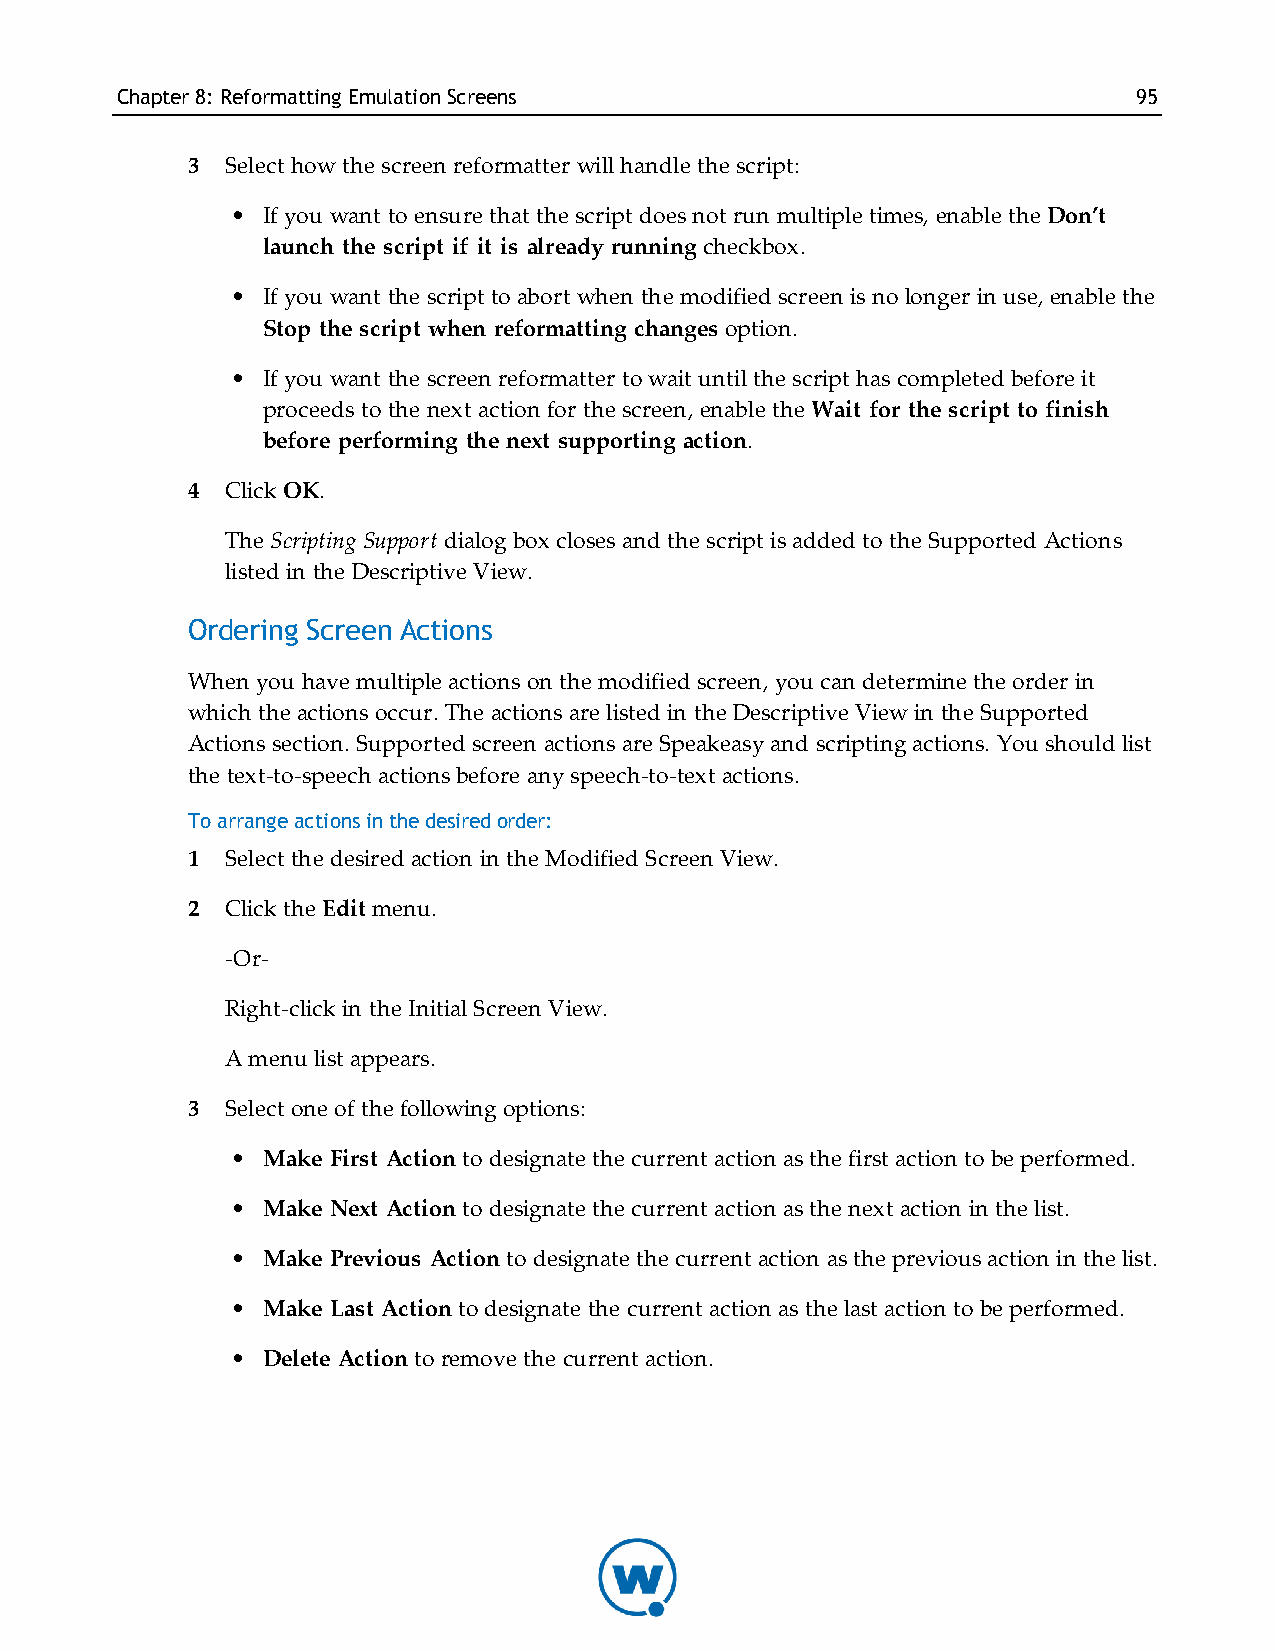
Chapter8: Reformatting EmulationScreens                            95
 3  Select how the screen reformatter will handle the script:
 • If you want to ensure that the script does not run multiple times, enable the Don’t
 launch the script if it is already running checkbox.
 • If you want the script to abort when the modified screen is no longer in use, enable the
 Stop the script when reformatting changes option.
 • If you want the screen reformatter to wait until the script has completed before it
 proceeds to the next action for the screen, enable the Wait for the script to finish
 before performing the next supporting action.
 4  Click OK.
 The Scripting Support dialog box closes and the script is added to the Supported Actions
 listed in the Descriptive View.
 Ordering Screen Actions
 When you have multiple actions on the modified screen, you can determine the order in
 which the actions occur. The actions are listed in the Descriptive View in the Supported
 Actions section. Supported screen actions are Speakeasy and scripting actions. You should list
 the text-to-speech actions before any speech-to-text actions.
 To arrange actions in the desired order:
 1  Select the desired action in the Modified Screen View.
 2  Click the Edit menu.
 -Or-
 Right-click in the Initial Screen View.
 A menu list appears.
 3  Select one of the following options:
 • Make First Action to designate the current action as the first action to be performed.
 • Make Next Action to designate the current action as the next action in the list.
 • Make Previous Action to designate the current action as the previous action in the list.
 • Make Last Action to designate the current action as the last action to be performed.
 • Delete Action to remove the current action.